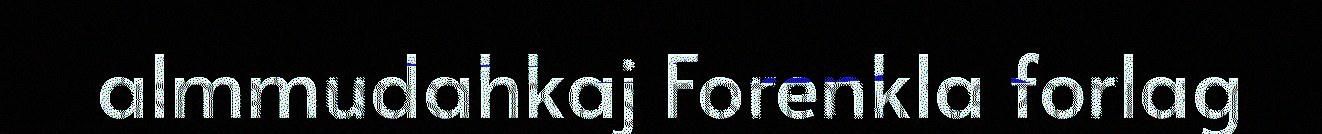
almmudahkaj Forenkla forlag